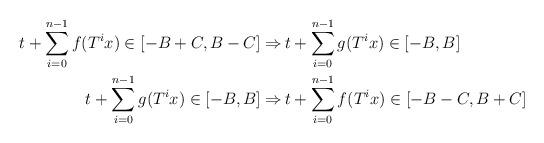
LaTeX: \begin{align*}t+\sum_{i=0}^{n-1} f(T^i x) \in [-B+C,B-C]\Rightarrow\,&t+\sum_{i=0}^{n-1} g(T^i x) \in [-B,B]\\t+\sum_{i=0}^{n-1} g(T^i x) \in [-B,B]\Rightarrow\,&t+\sum_{i=0}^{n-1} f(T^i x) \in [-B-C,B+C]\end{align*}